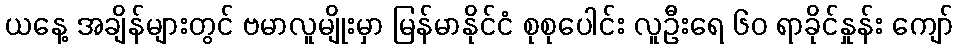
ယနေ့ အချိန်များတွင် ဗမာလူမျိုးမှာ မြန်မာနိုင်ငံ စုစုပေါင်း လူဦးရေ ၆၀ ရာခိုင်နှုန်း ကျော်